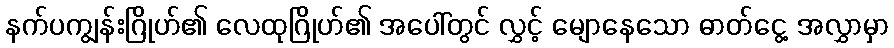
နက်ပကျွန်းဂြိုဟ်၏ လေထုဂြိုဟ်၏ အပေါ်တွင် လွှင့် မျောနေသော ဓာတ်ငွေ့ အလွှာမှာ